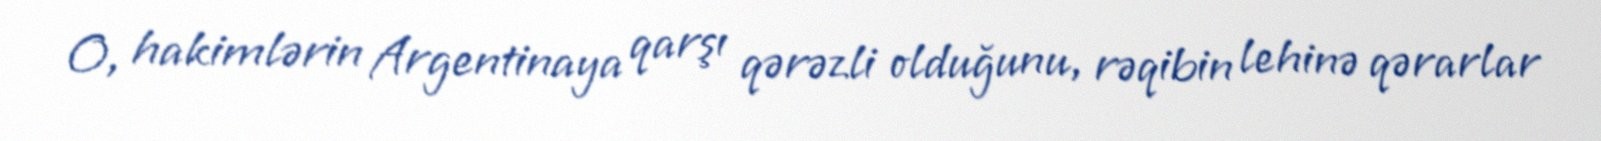
O, hakimlərin Argentinaya qarşı qərəzli olduğunu, rəqibin lehinə qərarlar